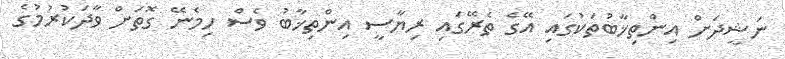
ނަޝީދަށް އިންތިޚާބުތަކުގައި އޭގެ ތެރޭގައި ރިޔާސީ އިންތިޚާބު ވެސް ހިމެނޭ ގޮތަށް ވާދަކުރުމުގެ